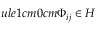
ule { 1 cm } { 0 cm } \Phi _ { i j } \in H